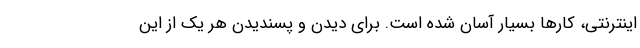
اینترنتی، کارها بسیار آسان شده است. برای دیدن و پسندیدن هر یک از این